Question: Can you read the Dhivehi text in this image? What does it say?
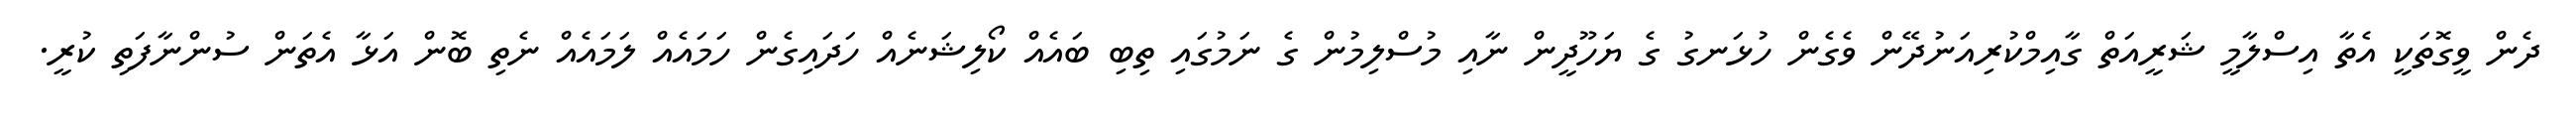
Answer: ދެން ވީގޮތަކީ އެތާ އިސްލާމީ ޝަރީއަތް ގާއިމްކުރިއަނުދޭން ވެގެން ހުޅަނގު ގެ ޔަހޫދީން ނާއި މުސްލިމުން ގެ ނަމުގައި ތިބި ބައެއް ކޯލިޝަނެއް ހަދައިގެން ހަމައެއް ލަމައެއް ނެތި ބޮން އަޅާ އެތަން ސުންނާފަތި ކުރީ.